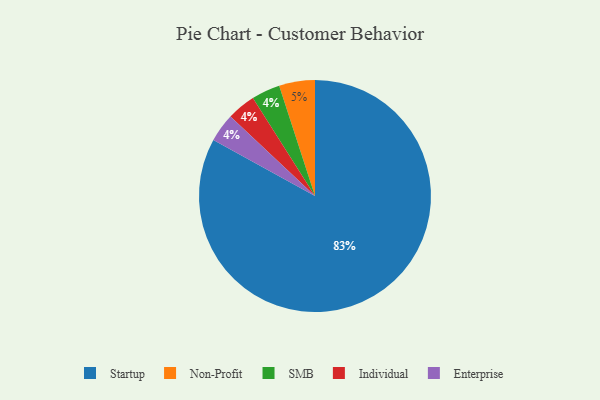
{"axis": {"x": "Category", "y": "Percentage"}, "legend": ["Enterprise", "Individual", "Non-Profit", "SMB", "Startup"], "data": [{"x": "Startup", "y": 83, "type": "Startup"}, {"x": "Non-Profit", "y": 5, "type": "Non-Profit"}, {"x": "SMB", "y": 4, "type": "SMB"}, {"x": "Individual", "y": 4, "type": "Individual"}, {"x": "Enterprise", "y": 4, "type": "Enterprise"}]}